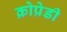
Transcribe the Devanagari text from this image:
क्रोप्रेडी